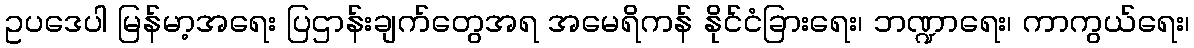
ဥပဒေပါ မြန်မာ့အရေး ပြဌာန်းချက်တွေအရ အမေရိကန် နိုင်ငံခြားရေး၊ ဘဏ္ဍာရေး၊ ကာကွယ်ရေး၊